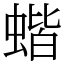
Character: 蝔